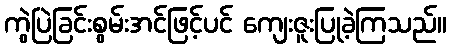
ကွဲပြဲခြင်းစွမ်းအင်ဖြင့်ပင် ကျေးဇူးပြုခဲ့ကြသည်။